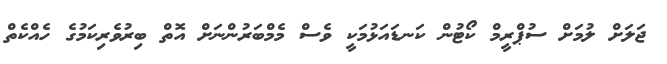
ޖަލަށް ލުމަށް ސުޕްރީމް ކޯޓުން ކަނޑައަޅުމަކީ ވެސް މެމްބަރުންނަށް އޮތް ބިރުވެރިކަމުގެ ހެއްކެތް